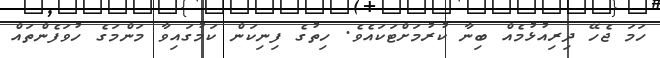
ހަމަ ޖެހޭ ދިރިއުޅުމެއް ބިނާ ކުރުމަށްޓަކައެވެ. ހިތުގެ ފިނިކަން ކަމުގައިވާ މަންމަގެ ހުވަފެންތައް